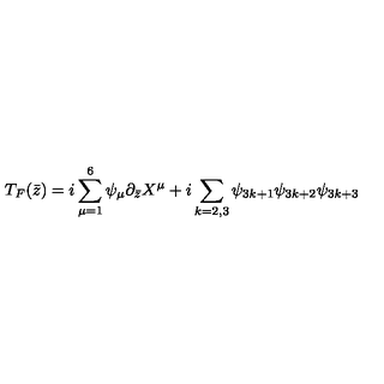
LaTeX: T _ { F } ( { \bar { z } } ) = i \sum _ { \mu = 1 } ^ { 6 } \psi _ { \mu } \partial _ { \bar { z } } X ^ { \mu } { } + i \sum _ { k = 2 , 3 } \psi _ { 3 k + 1 } \psi _ { 3 k + 2 } \psi _ { 3 k + 3 }